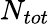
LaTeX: N_{tot}